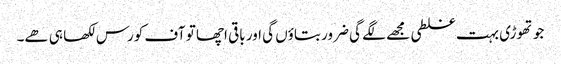
جو تھوڑی بہت غلطی مجھے لگے گی ضرور بتاؤں گی اور باقی اچھا تو آف کورس لکھا ہی ھے۔